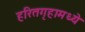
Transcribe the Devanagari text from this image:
हरितगृहामध्ये